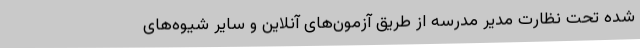
شده تحت نظارت مدیر مدرسه از طریق آزمون‌های آنلاین و سایر شیوه‌های